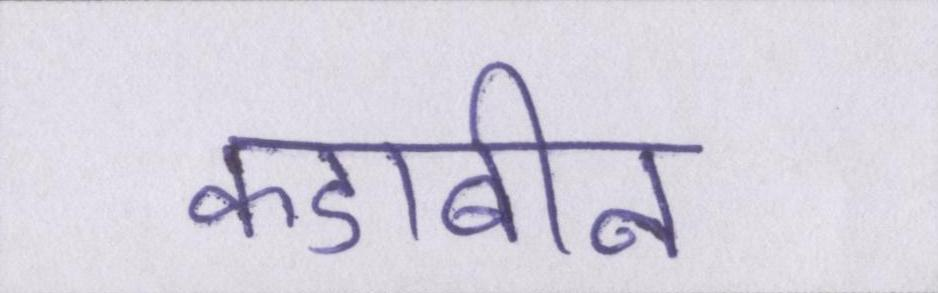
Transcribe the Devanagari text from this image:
कडाबीन